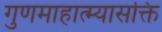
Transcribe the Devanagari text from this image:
गुणमाहात्म्यासक्ति